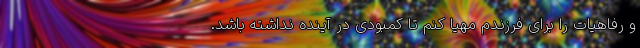
و رفاهیات را برای فرزندم مهیا کنم تا کمبودی در آینده نداشته باشد.